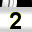
Digit: 2